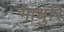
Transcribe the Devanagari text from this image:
माधुरि